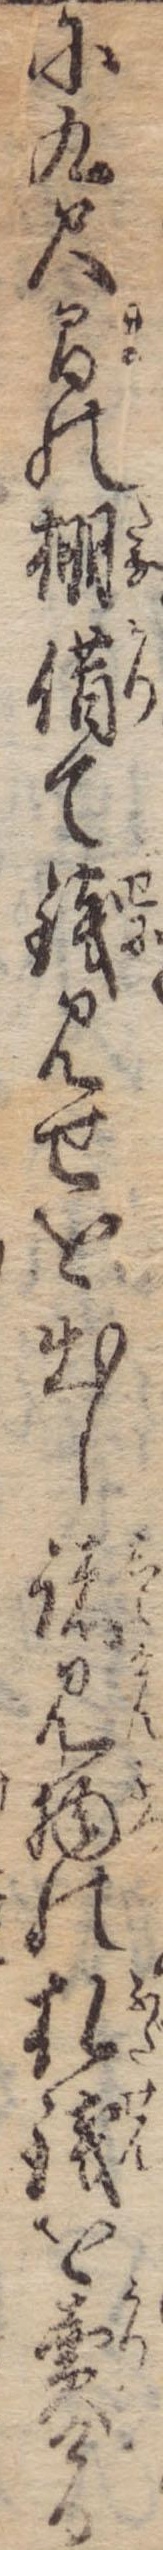
に九尺間の棚借て銭見せを出し諸見物の札銭を売ける